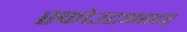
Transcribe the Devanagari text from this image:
स्कोउटमस्टर्